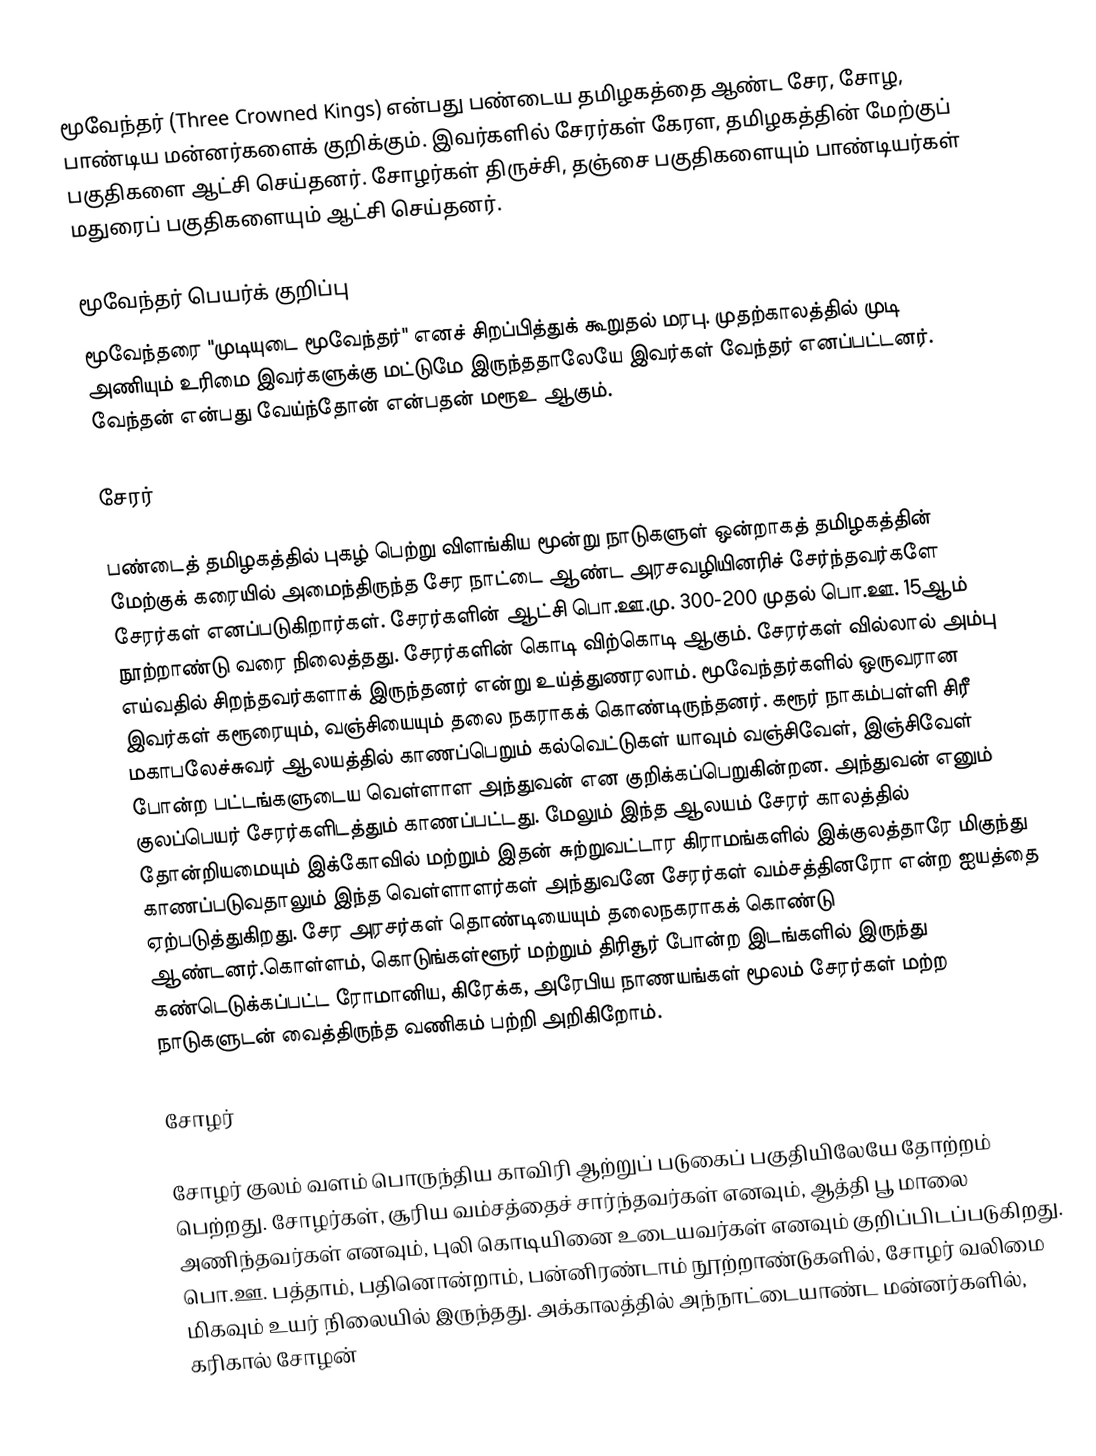
மூவேந்தர் (Three Crowned Kings) என்பது பண்டைய தமிழகத்தை ஆண்ட சேர, சோழ, பாண்டிய மன்னர்களைக் குறிக்கும். இவர்களில் சேரர்கள் கேரள, தமிழகத்தின் மேற்குப் பகுதிகளை ஆட்சி செய்தனர். சோழர்கள் திருச்சி, தஞ்சை பகுதிகளையும் பாண்டியர்கள் மதுரைப் பகுதிகளையும் ஆட்சி செய்தனர்.

மூவேந்தர் பெயர்க் குறிப்பு
மூவேந்தரை "முடியுடை மூவேந்தர்" எனச் சிறப்பித்துக் கூறுதல் மரபு. முதற்காலத்தில் முடி அணியும் உரிமை இவர்களுக்கு மட்டுமே இருந்ததாலேயே இவர்கள் வேந்தர் எனப்பட்டனர். வேந்தன் என்பது வேய்ந்தோன் என்பதன் மரூஉ ஆகும்.

சேரர்

பண்டைத் தமிழகத்தில் புகழ் பெற்று விளங்கிய மூன்று நாடுகளுள் ஒன்றாகத் தமிழகத்தின் மேற்குக் கரையில் அமைந்திருந்த சேர நாட்டை ஆண்ட அரசவழியினரிச் சேர்ந்தவர்களே சேரர்கள் எனப்படுகிறார்கள். சேரர்களின் ஆட்சி பொ.ஊ.மு. 300-200 முதல் பொ.ஊ. 15ஆம் நூற்றாண்டு வரை நிலைத்தது. சேரர்களின் கொடி விற்கொடி ஆகும். சேரர்கள் வில்லால் அம்பு எய்வதில் சிறந்தவர்களாக் இருந்தனர் என்று உய்த்துணரலாம். மூவேந்தர்களில் ஒருவரான இவர்கள் கரூரையும், வஞ்சியையும் தலை நகராகக் கொண்டிருந்தனர். கரூர் நாகம்பள்ளி சிரீ மகாபலேச்சுவர் ஆலயத்தில் காணப்பெறும் கல்வெட்டுகள் யாவும் வஞ்சிவேள், இஞ்சிவேள் போன்ற பட்டங்களுடைய வெள்ளாள அந்துவன் என குறிக்கப்பெறுகின்றன. அந்துவன் எனும் குலப்பெயர் சேரர்களிடத்தும் காணப்பட்டது. மேலும் இந்த ஆலயம் சேரர் காலத்தில் தோன்றியமையும் இக்கோவில் மற்றும் இதன் சுற்றுவட்டார கிராமங்களில் இக்குலத்தாரே மிகுந்து காணப்படுவதாலும் இந்த வெள்ளாளர்கள் அந்துவனே சேரர்கள் வம்சத்தினரோ என்ற ஐயத்தை ஏற்படுத்துகிறது. சேர அரசர்கள் தொண்டியையும் தலைநகராகக் கொண்டு ஆண்டனர்.கொள்ளம், கொடுங்கள்ளூர் மற்றும் திரிசூர் போன்ற இடங்களில் இருந்து கண்டெடுக்கப்பட்ட ரோமானிய, கிரேக்க, அரேபிய நாணயங்கள் மூலம் சேரர்கள் மற்ற நாடுகளுடன் வைத்திருந்த வணிகம் பற்றி அறிகிறோம்.

சோழர்

சோழர் குலம் வளம் பொருந்திய காவிரி ஆற்றுப் படுகைப் பகுதியிலேயே தோற்றம் பெற்றது. சோழர்கள், சூரிய வம்சத்தைச் சார்ந்தவர்கள் எனவும், ஆத்தி பூ மாலை அணிந்தவர்கள் எனவும், புலி கொடியினை உடையவர்கள் எனவும் குறிப்பிடப்படுகிறது. பொ.ஊ. பத்தாம், பதினொன்றாம், பன்னிரண்டாம் நூற்றாண்டுகளில், சோழர் வலிமை மிகவும் உயர் நிலையில் இருந்தது. அக்காலத்தில் அந்நாட்டையாண்ட மன்னர்களில், கரிகால் சோழன்